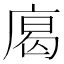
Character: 𢉥